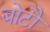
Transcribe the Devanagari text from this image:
बोटौ